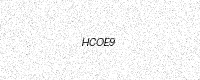
Text: HCOE9